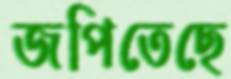
জপিতেছে